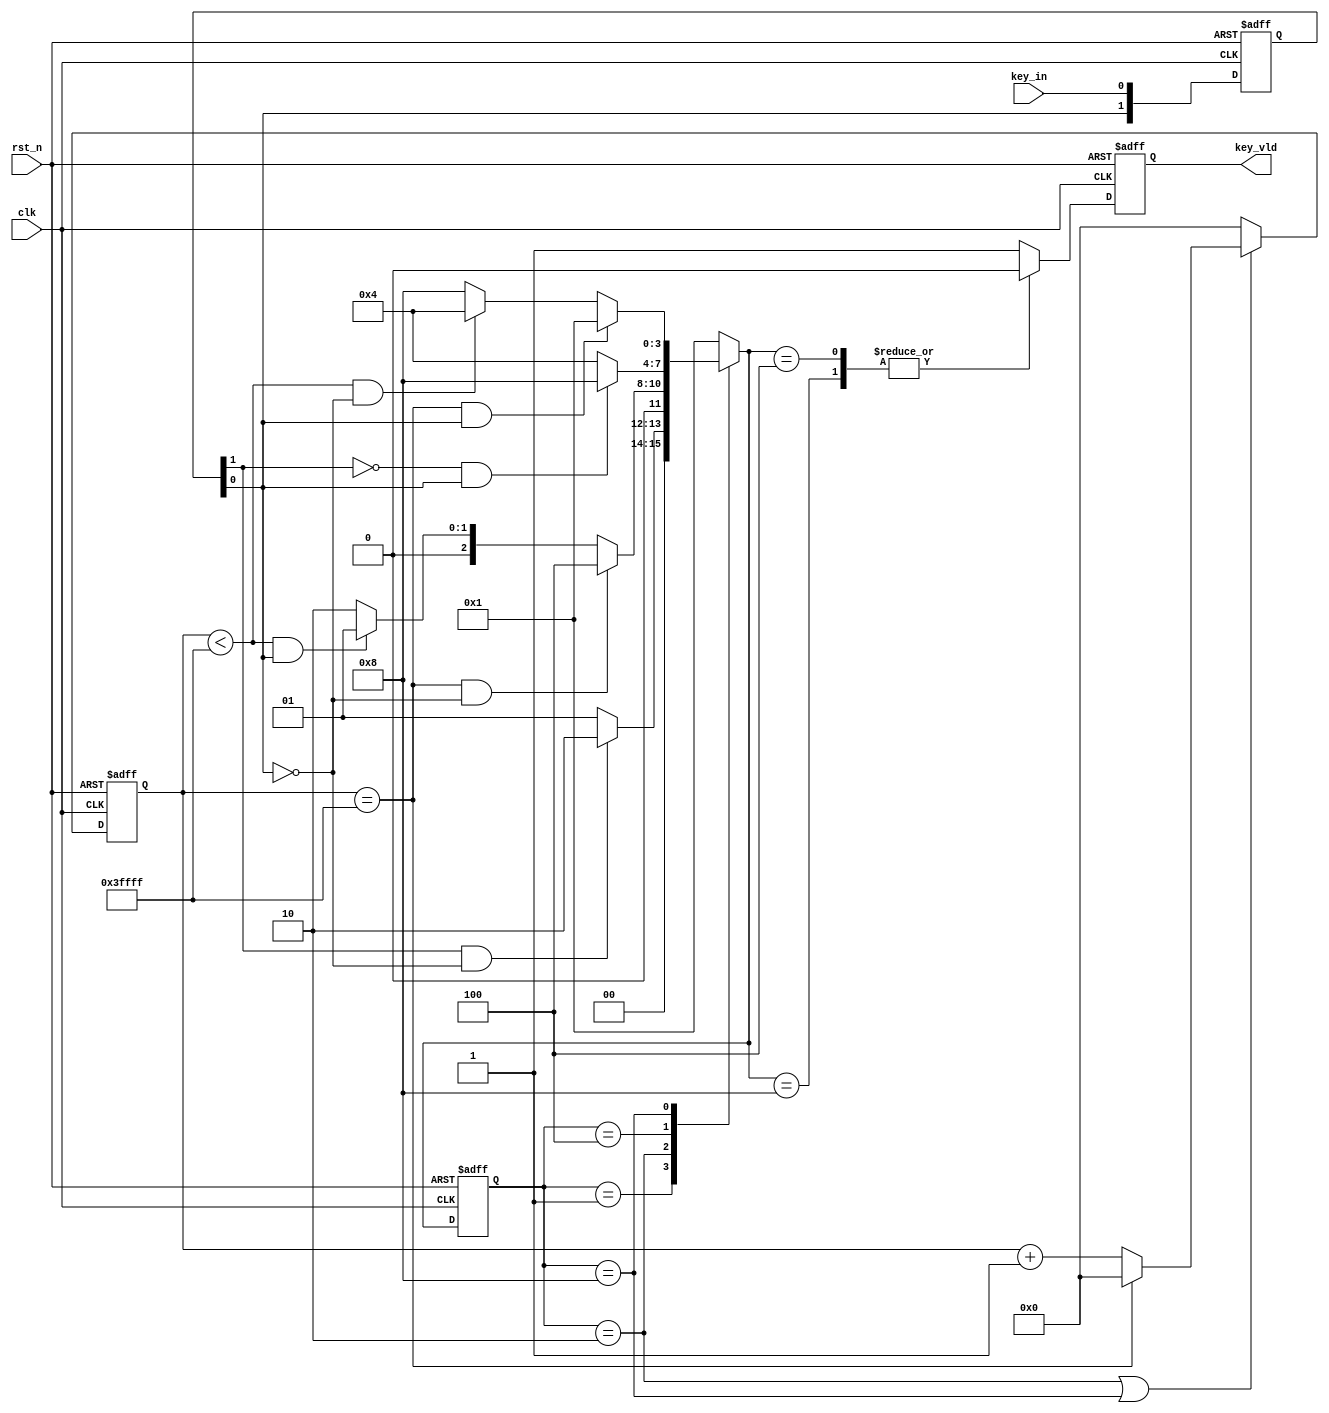
// --------------------------------------------------------------------
// >>>>>>>>>>>>>>>>>>>>>>>>> COPYRIGHT NOTICE <<<<<<<<<<<<<<<<<<<<<<<<<
// --------------------------------------------------------------------
// Github: https://github.com/halftop
// Description: key_vldx
//				https://halftop.github.io/post/verilog-day9
// Dependencies: 
// Since: 2019-05-26 11:06:34
// LastEditors: halftop
// LastEditTime: 2019-05-26 11:06:34
// ********************************************************************
// Module Function: 
module debounce
#(
	parameter DELAY_TIME = 18'h3ffff
)
(
	input				clk,
	input				rst_n,
	input				key_in,
	output	reg			key_vld
);

localparam	IDLE		= 4'b0001,
			PRESS_DELAY	= 4'b0010,
			WAIT_RELEASE= 4'b0100,
			RELEASE_DELA= 4'b1000;

reg [1:0] key_in_r;
wire key_press_edge;
wire key_release_edge;

always @(posedge clk or negedge rst_n) begin
	if (!rst_n) begin
		key_in_r <= 2'b11;
	end else begin
		key_in_r <= {key_in_r[0],key_in};
	end
end
assign key_press_edge = key_in_r[1] & (~key_in_r[0]);
assign key_release_edge = (~key_in_r[1]) & key_in_r[0];


reg	[17:0]	  cnt;
reg [3:0] cstate,nstate;
//FSM-1
always @(posedge clk or negedge rst_n) begin
	if (!rst_n) begin
		cstate <= IDLE;
	end else begin
		cstate <= nstate;
	end
end
//FSM-2
always @(*) begin
	case (cstate)
		IDLE	 : nstate = key_press_edge ? PRESS_DELAY : IDLE;
		PRESS_DELAY: begin
			if (cnt==DELAY_TIME && key_in_r[0] == 0) begin
				nstate = WAIT_RELEASE;//
			end else if (cnt<DELAY_TIME && key_in_r[0] == 1) begin
				nstate = IDLE;//
			end else begin
				nstate = PRESS_DELAY;//
			end
		end
		WAIT_RELEASE: nstate = key_release_edge ? RELEASE_DELA : WAIT_RELEASE;
		RELEASE_DELA: begin
			if (cnt==DELAY_TIME && key_in_r[0] == 1) begin
				nstate = IDLE;//
			end else if (cnt<DELAY_TIME && key_in_r[0] == 0) begin
				nstate = WAIT_RELEASE;//
			end else begin
				nstate = RELEASE_DELA;//
			end
		end
		default: nstate = IDLE;
	endcase
end
//FSM-3
always @(posedge clk or negedge rst_n) begin
	if (!rst_n) begin
		key_vld <= 1'b1;
	end else begin
		case (nstate)
			IDLE,PRESS_DELAY:key_vld <= 1'b1;
			WAIT_RELEASE,RELEASE_DELA: key_vld <= 1'b0;
			default: key_vld <= 1'b1;
		endcase
	end
end

always @(posedge clk or negedge rst_n) begin
    if(!rst_n)
		cnt <= 18'd0;
    else if (cstate==PRESS_DELAY || cstate==RELEASE_DELA) begin
		if (cnt==DELAY_TIME) begin
			cnt <= 18'd0;
		end else begin
			cnt <= cnt + 1'b1;
		end
	end else begin
		cnt <= 18'd0;
	end
end  
endmodule